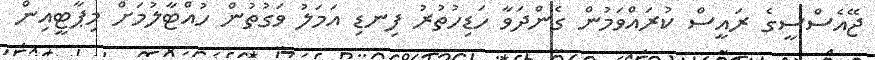
ޖޭއެސްސީގެ ރައީސް ކުރައްވަމުން ގެންދަވާ ހަޑިހުތުރު ފިނޑި އަމަލު ވަގުތުން ހުއްޓާލުމަށް މިޕާޓީއިން